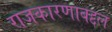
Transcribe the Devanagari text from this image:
राजकारणाबद्दल